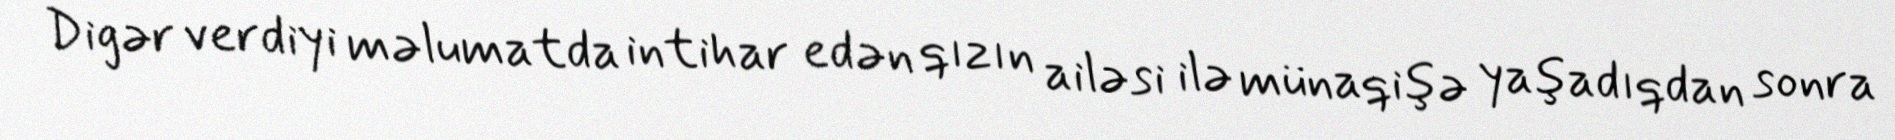
Digər verdiyi məlumatda intihar edən qızın ailəsi ilə münaqişə yaşadıqdan sonra